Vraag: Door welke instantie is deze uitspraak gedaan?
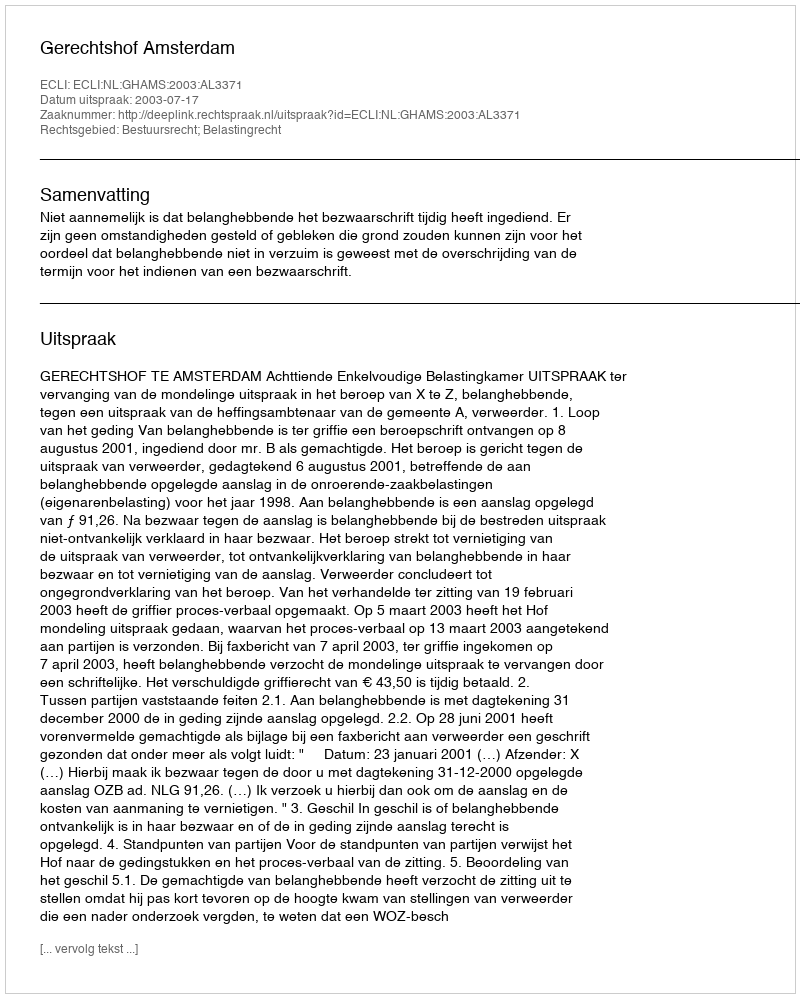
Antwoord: Gerechtshof Amsterdam